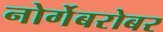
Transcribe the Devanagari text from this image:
नोर्गेबरोबर